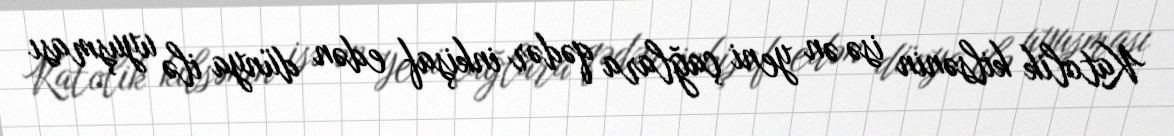
Katolik kilsənin isə ən yeni çağlara qədər inkişaf edən dünya ilə uyuşması